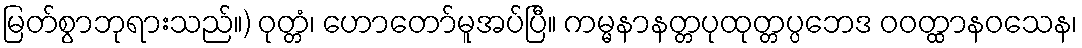
မြတ်စွာဘုရားသည်။) ဝုတ္တံ၊ ဟောတော်မူအပ်ပြီ။ ကမ္မနာနတ္တပုထုတ္တပ္ပဘေဒ ဝဝတ္ထာနဝသေန၊